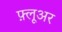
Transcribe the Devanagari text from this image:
फ़्लूअर